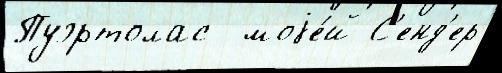
Пуэртолас  моjе́й С'енд'ер